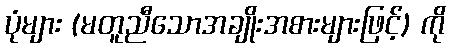
ပုံများ (မတူညီသောအချိုးအစားများဖြင့်) ကို